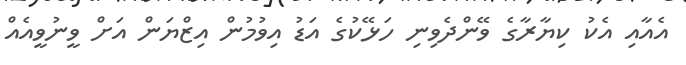
އެއާއި އެކު ކިޔާރާގެ ވޭންދެވިނި ހަޅޭކުގެ އަޑު އިވުމުން އިޒްޔަން އަށް ވީނުވީއެއް